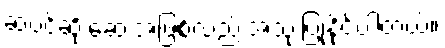
ဆံပင်ဆိုးဆေးအဖြစ်လည်းအသုံးပြုနိုင်ပါတယ်။